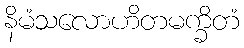
နိမံသလောဟိတမက္ခိတံ